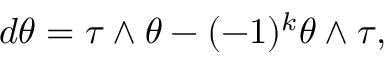
d \theta = \tau \wedge \theta - ( - 1 ) ^ { k } \theta \wedge \tau ,